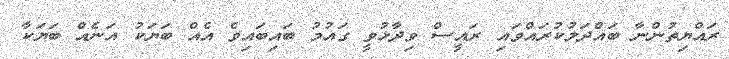
ރައްޔިތުންނާ ބައްދަލުކުރައްވައި ރައީސް ވިދާޅުވީ ގައުމު ބައިބައިވެ އެއް ބަޔަކު އަނެއް ބަޔަކާ